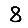
Digit: 8